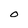
Character: 0